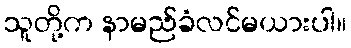
သူတို့က နာမည်ခံလင်မယားပါ။